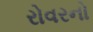
રોવરનો